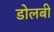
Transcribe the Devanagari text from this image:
डोलबी